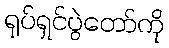
ရုပ်ရှင်ပွဲတော်ကို